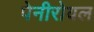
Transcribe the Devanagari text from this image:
पेनीरोयल